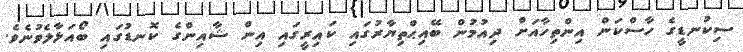
ސިކުނޑީގެ ހާސްކަން އިންތިހާއަށް ދިއުމުން ބޭއިޙްތިޔާރުގައި ކައިރީގައި އިން ޝާއިންގެ ކޮނޑުގައި ބޯއަޅާލެވުނެވެ.